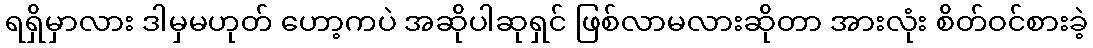
ရရှိမှာလား ဒါမှမဟုတ် ဟော့ကပဲ အဆိုပါဆုရှင် ဖြစ်လာမလားဆိုတာ အားလုံး စိတ်ဝင်စားခဲ့